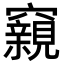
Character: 𥨾